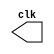
// ---------------------------
// -- Exercicio02
// ---------------------------

//
//--  Celso R Frana Jr
//--    PUC-MG


//----------------------------
//---------Clock--------------
//----------------------------
module clock ( clk );
 output clk;
 reg    clk;

 initial
  begin
   clk = 1'b0;
  end

 always
  begin
   #6 clk = ~clk;
  end
endmodule

//----------------------------
//---------Pulso--------------
//----------------------------
module pulse ( signal, clock );
 input  clock;
 output signal;
 reg    signal;

 always @ ( clock )
  begin
       signal = 1'b0;
  #2   signal = 1'b1;
  #2   signal = 1'b0;
  #2   signal = 1'b1;
  #2   signal = 1'b0; 
  #2   signal = 1'b1;
    
  
  end
endmodule // pulse

//----------------------------
//---------Teste--------------
//----------------------------
module testpulse;

 wire  clock;
 clock clk ( clock );
 wire  p1;

 pulse   pulse1   ( p1, clock );

 initial begin
  $dumpfile ( "exercicio02.vcd" );
  $dumpvars (1, clock, p1);
   #480 $finish;

 end

endmodule //exercicio02